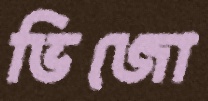
ভিজো